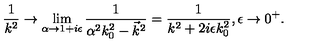
\frac { 1 } { k ^ { 2 } } \rightarrow \lim _ { \alpha \rightarrow 1 + i \epsilon } \frac { 1 } { \alpha ^ { 2 } k _ { 0 } ^ { 2 } - \vec { k } ^ { 2 } } = \frac { 1 } { k ^ { 2 } + 2 i \epsilon k _ { 0 } ^ { 2 } } , \epsilon \rightarrow 0 ^ { + } .